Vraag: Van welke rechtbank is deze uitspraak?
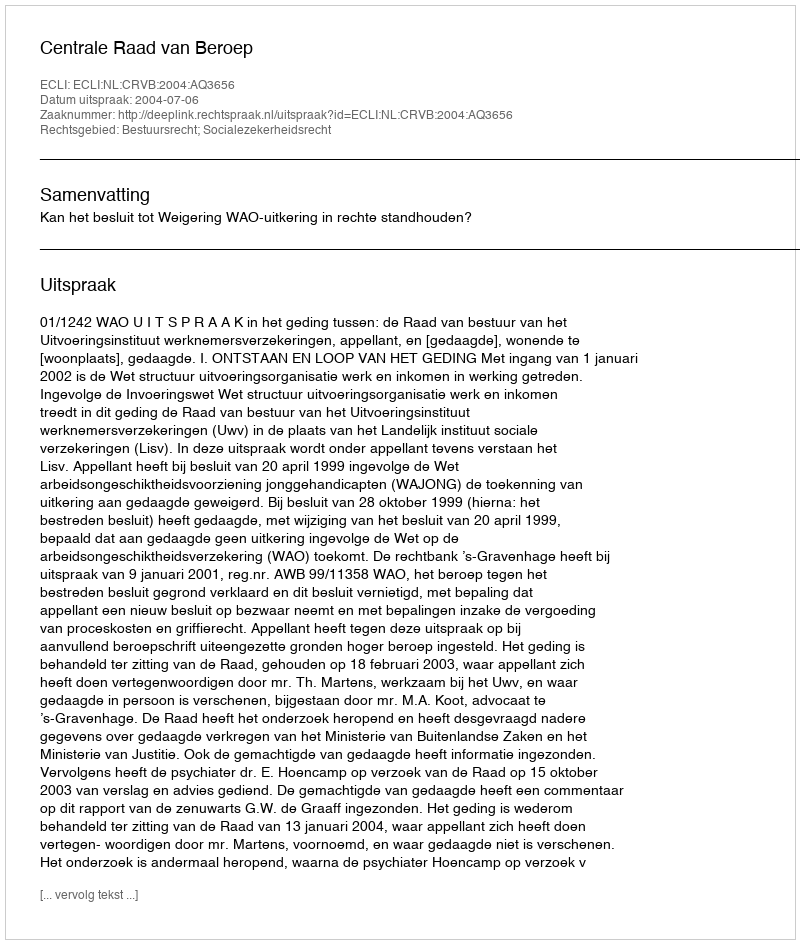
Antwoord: Centrale Raad van Beroep